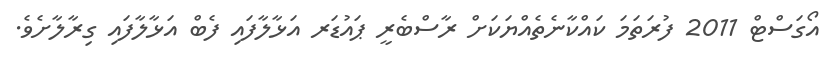
އޯގަސްޓް 2011 ފުރަތަމަ ކައްކާނެތެއްޔަކަށް ރާސްބެރީ ޕައުޑަރ އަޅާލާފައި ފެބް އަޅާލާފައި ގިރާލާށެވެ.